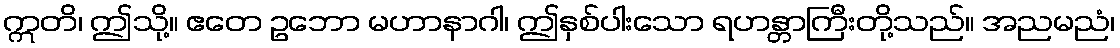
ဣတိ၊ ဤသို့။ ဧတေ ဥဘော မဟာနာဂါ၊ ဤနှစ်ပါးသော ရဟန္တာကြီးတို့သည်။ အညမညံ၊